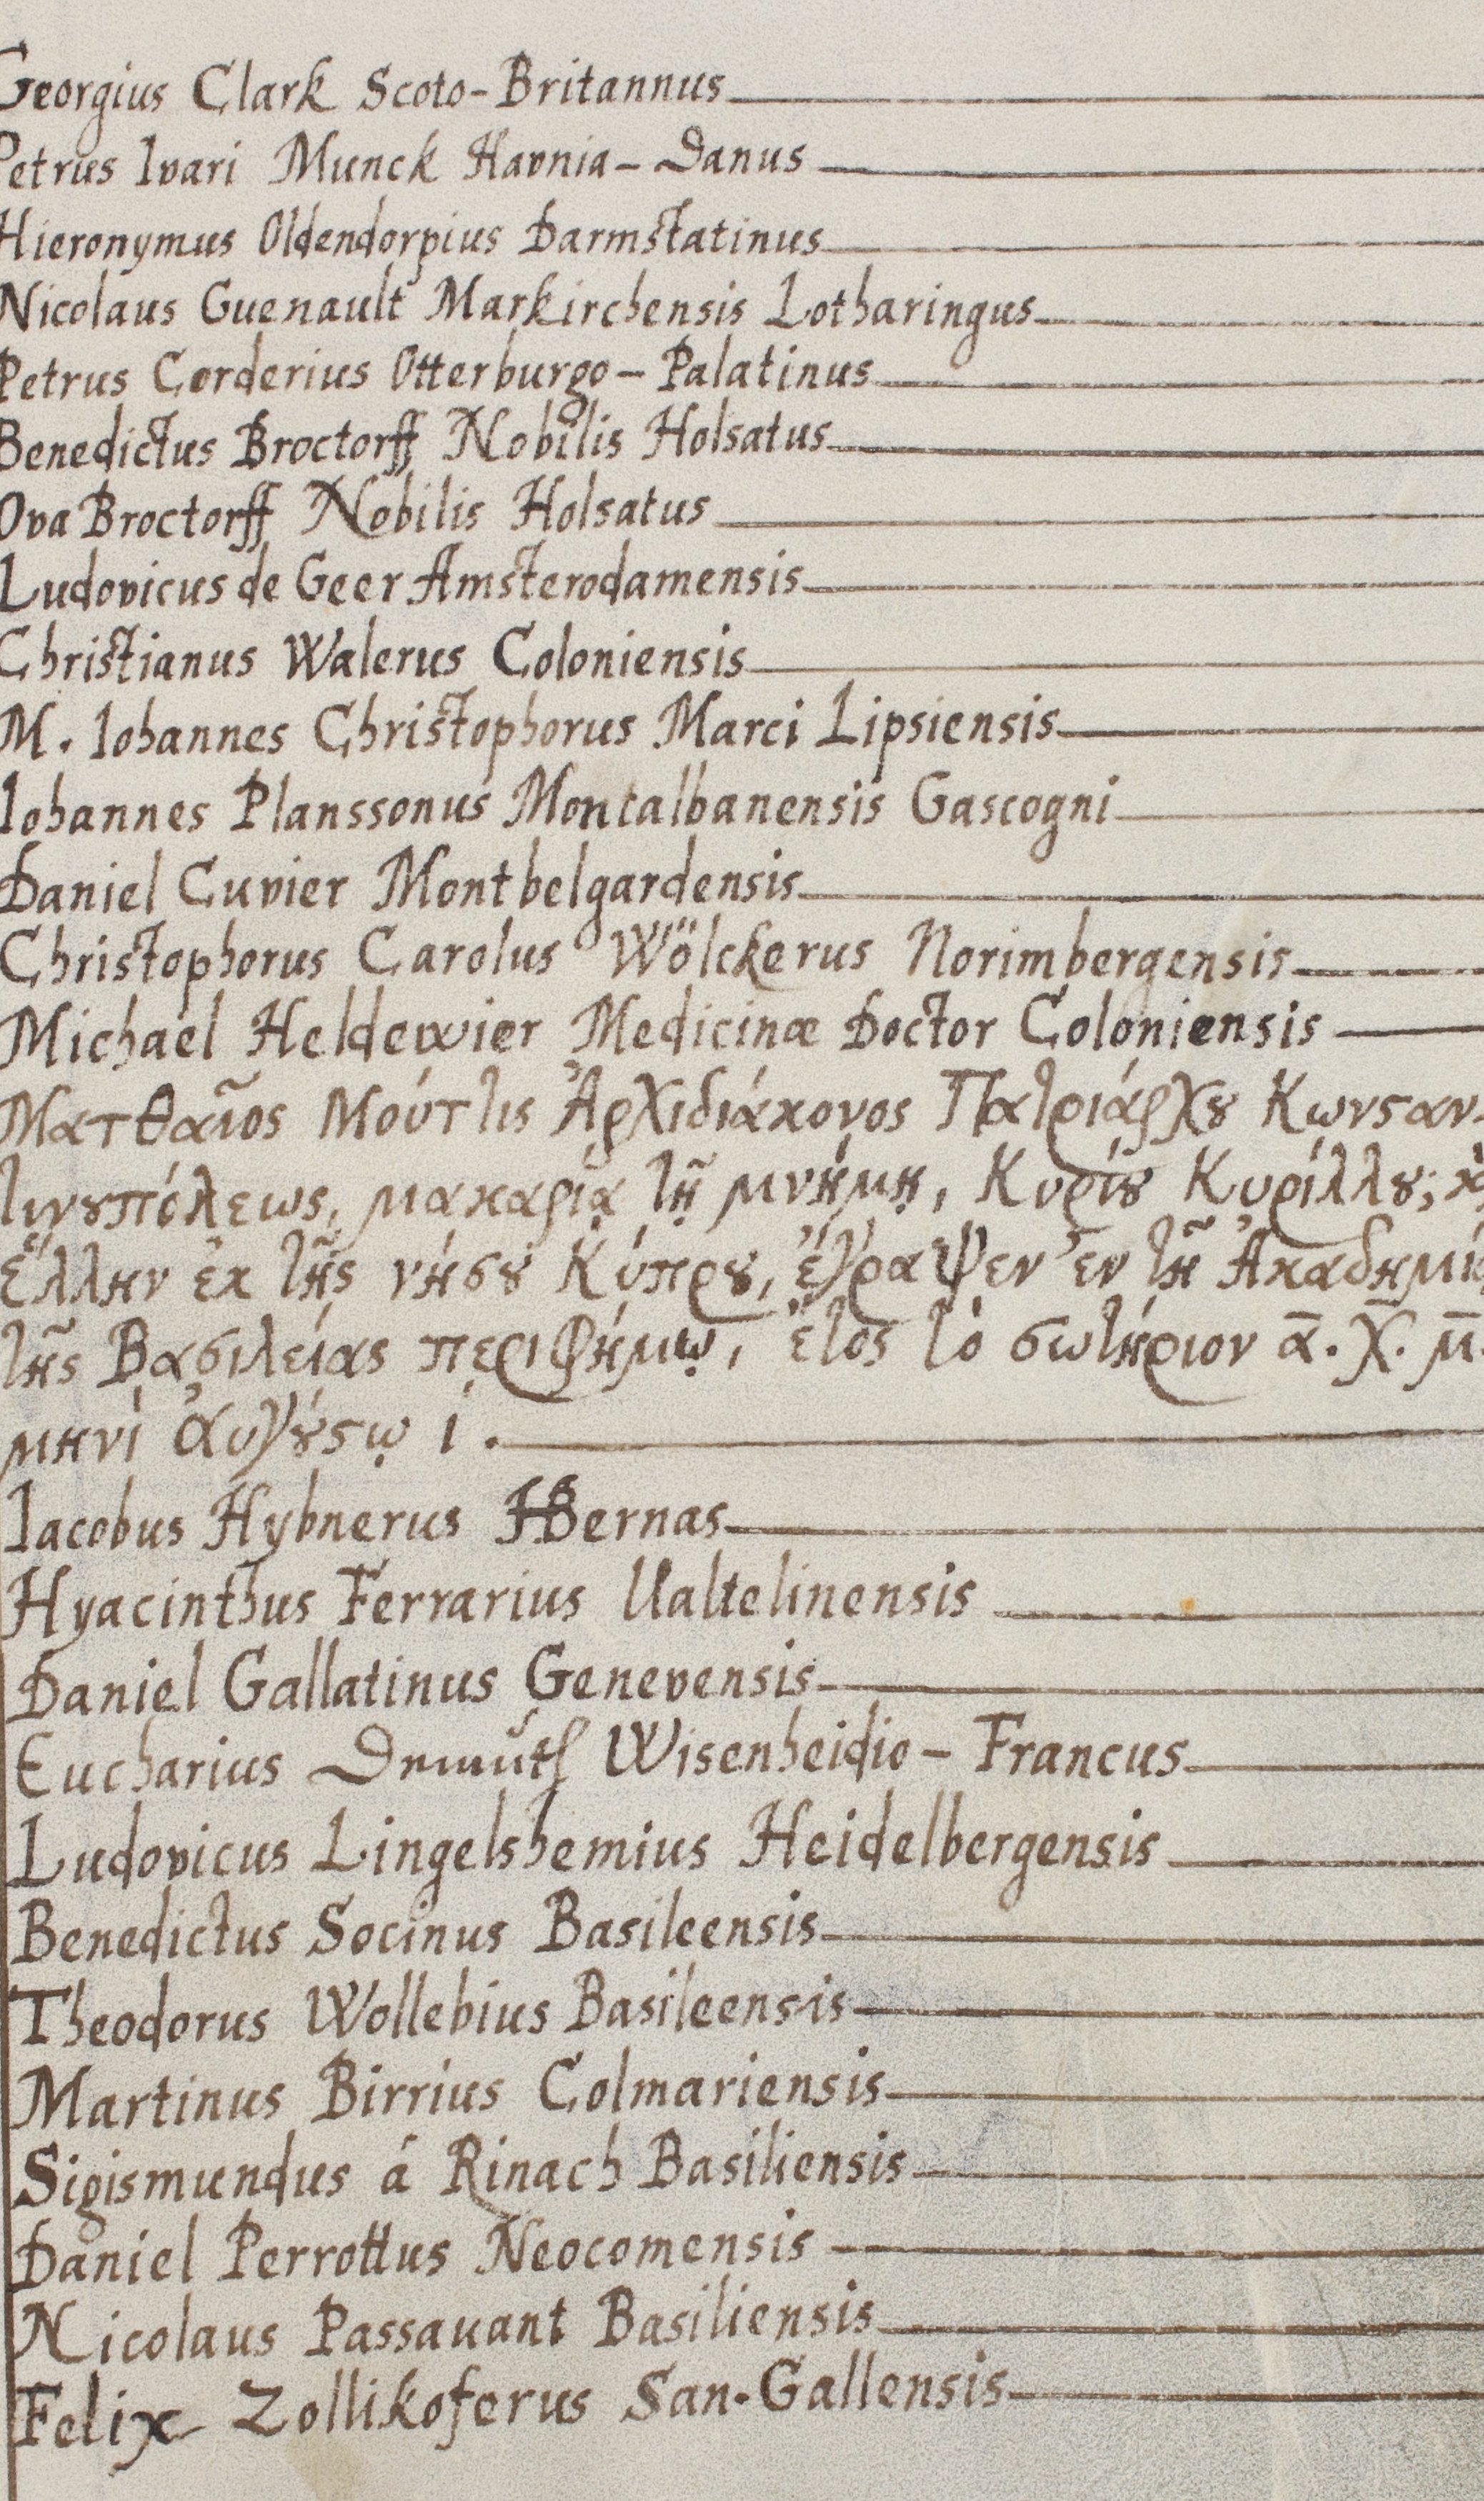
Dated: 1568–1653